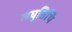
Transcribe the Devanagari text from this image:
लघुतिथि